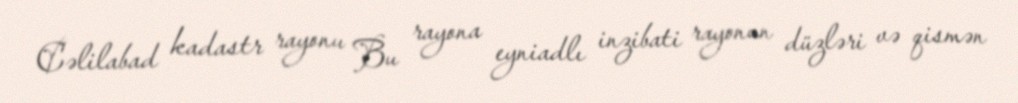
Cəlilabad kadastr rayonu Bu rayona eyniadlı inzibati rayonun düzləri və qismən